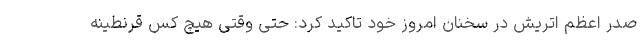
صدر اعظم اتریش در سخنان امروز خود تاکید کرد: حتی وقتی هیچ کس قرنطینه